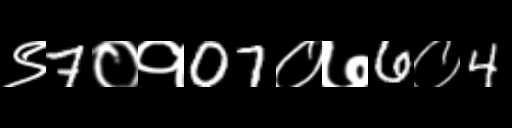
Text: ९7०१07०७6०4